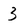
Character: 3